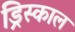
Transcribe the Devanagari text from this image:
ड्रिस्काल